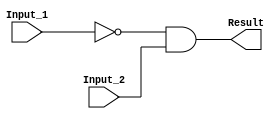
/******************************************************************************
 ** Logisim goes FPGA automatic generated Verilog code                       **
 **                                                                          **
 ** Component : AND_GATE_BUS                                                 **
 **                                                                          **
 ******************************************************************************/

`timescale 1ns/1ps
module AND_GATE_BUS( Input_1,
                     Input_2,
                     Result);

   /***************************************************************************
    ** Here all module parameters are defined with a dummy value             **
    ***************************************************************************/
   parameter BubblesMask = 1;
   parameter NrOfBits = 1;


   /***************************************************************************
    ** Here the inputs are defined                                           **
    ***************************************************************************/
   input[NrOfBits-1:0]  Input_1;
   input[NrOfBits-1:0]  Input_2;

   /***************************************************************************
    ** Here the outputs are defined                                          **
    ***************************************************************************/
   output[NrOfBits-1:0] Result;

   /***************************************************************************
    ** Here the internal wires are defined                                   **
    ***************************************************************************/
   wire[NrOfBits-1:0] s_real_input_1;
   wire[NrOfBits-1:0] s_real_input_2;
   wire[1:0] s_signal_invert_mask;


   /***************************************************************************
    ** Here the bubbles are processed                                        **
    ***************************************************************************/
   assign s_signal_invert_mask = BubblesMask;
   assign s_real_input_1 = (s_signal_invert_mask[0]) ? ~Input_1: Input_1;
   assign s_real_input_2 = (s_signal_invert_mask[1]) ? ~Input_2: Input_2;

   /***************************************************************************
    ** Here the functionality is defined                                     **
    ***************************************************************************/
   assign Result = s_real_input_1 &
                   s_real_input_2;


endmodule